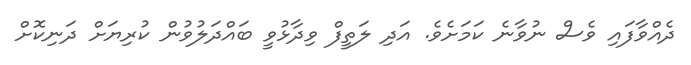
ދެއްވާފައި ވެސް ނުވާނެ ކަމަށެވެ. އަދި ލަތީފް ވިދާޅުވީ ބައްދަލުވުން ކުރިޔަށް ދަނިކޮށް